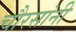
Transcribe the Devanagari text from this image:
चौरसांनी